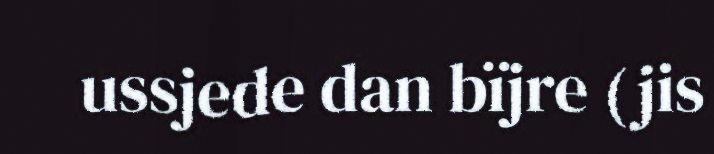
ussjede dan bïjre (jis